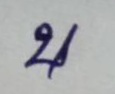
บ